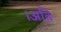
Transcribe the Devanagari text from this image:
।अति